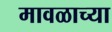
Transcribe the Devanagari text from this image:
मावळाच्या